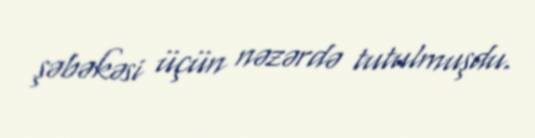
şəbəkəsi üçün nəzərdə tutulmuşdu.